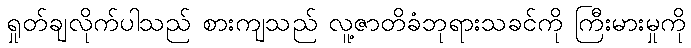
ရှုတ်ချလိုက်ပါသည် စားကျသည် လူ့ဇာတိခံဘုရားသခင်ကို ကြီးမားမှုကို